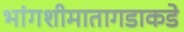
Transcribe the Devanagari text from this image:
भांगशीमातागडाकडे